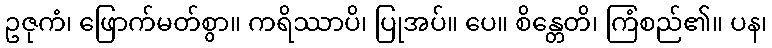
ဥဇုကံ၊ ဖြောက်မတ်စွာ။ ကရိဿာပိ၊ ပြုအပ်။ ပေ။ စိန္တေတိ၊ ကြံစည်၏။ ပန၊